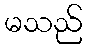
မသည်